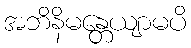
အဘိနိမန္တေယျာမပိ